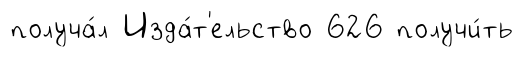
получа́л Изда́т'ельство 626 получи́ть